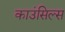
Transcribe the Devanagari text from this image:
काउंसिल्स